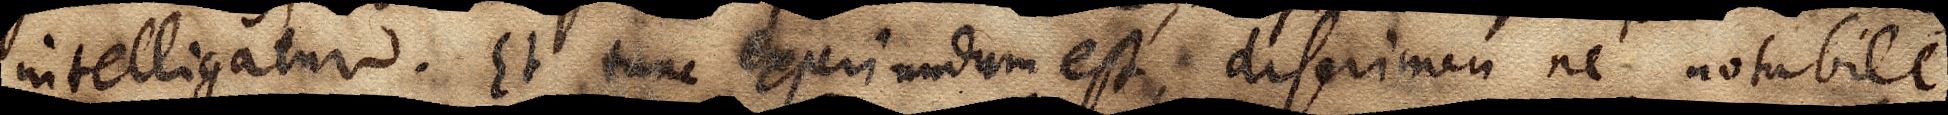
intelligatur. Et tunc experiundum est, discrimen ne notabile